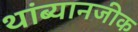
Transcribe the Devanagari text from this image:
थांब्यानजीक